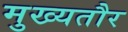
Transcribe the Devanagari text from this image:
मुख्‍यतौर